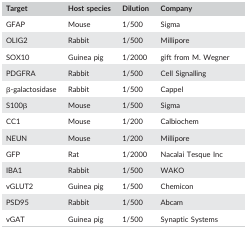
<table><thead><tr><td><b>Target</b></td><td><b>Host species</b></td><td><b>Dilution</b></td><td><b>Company</b></td><td></td></tr></thead><tbody><tr><td>GFAP</td><td>Mouse</td><td>1/500</td><td>Sigma</td><td></td></tr><tr><td>OLIG2</td><td>Rabbit</td><td>1/500</td><td>Millipore</td><td></td></tr><tr><td>SOX10</td><td>Guinea pig</td><td>1/2000</td><td colspan="2">gift from M. Wegner</td></tr><tr><td>PDGFRA</td><td>Rabbit</td><td>1/500</td><td colspan="2">Cell Signalling</td></tr><tr><td>β‐galactosidase</td><td>Rabbit</td><td>1/500</td><td>Cappel</td><td></td></tr><tr><td>S100β</td><td>Mouse</td><td>1/500</td><td>Sigma</td><td></td></tr><tr><td>CC1</td><td>Mouse</td><td>1/200</td><td colspan="2">Calbiochem</td></tr><tr><td>NEUN</td><td>Mouse</td><td>1/200</td><td>Millipore</td><td></td></tr><tr><td>GFP</td><td>Rat</td><td>1/2000</td><td colspan="2">Nacalai Tesque Inc</td></tr><tr><td>IBA1</td><td>Rabbit</td><td>1/500</td><td>WAKO</td><td></td></tr><tr><td>vGLUT2</td><td>Guinea pig</td><td>1/500</td><td colspan="2">Chemicon</td></tr><tr><td>PSD95</td><td>Rabbit</td><td>1/500</td><td>Abcam</td><td></td></tr><tr><td>vGAT</td><td>Guinea pig</td><td>1/500</td><td colspan="2">Synaptic Systems</td></tr></tbody></table>